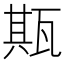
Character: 𤭣